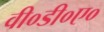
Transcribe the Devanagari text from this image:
वी०डी०ए०